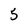
Character: 5